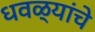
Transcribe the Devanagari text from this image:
धवळ्यांचे